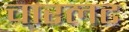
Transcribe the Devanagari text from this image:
चारलट